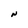
Character: N